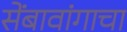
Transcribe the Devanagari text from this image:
सेंबावांगाचा